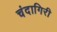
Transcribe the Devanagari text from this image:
चंदागिरी